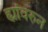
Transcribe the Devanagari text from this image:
ह्यांवरुन